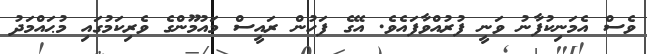
ވެސް އެމަނިކުފާނު ވަނީ ފުރުއްވާފައެވެ. އޭގެ ފަހުން ރައީސް މައުމޫންގެ ވެރިކަމުގައި މުޙައްމަދު